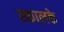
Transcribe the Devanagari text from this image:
स्कालके